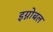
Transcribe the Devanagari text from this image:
इग्नोबल